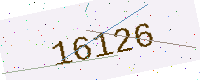
Text: 16126